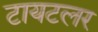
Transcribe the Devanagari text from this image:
टायटलर